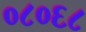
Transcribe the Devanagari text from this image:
०८०६८